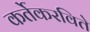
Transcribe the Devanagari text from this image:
कर्तेकरविते